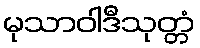
မုသာဝါဒီသုတ္တံ